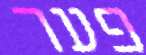
פער